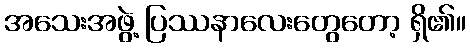
အသေးအဖွဲ့ ပြဿနာလေးတွေတော့ ရှိ၏။